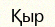
Қыр